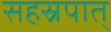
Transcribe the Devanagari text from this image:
सहस्रपात्